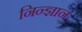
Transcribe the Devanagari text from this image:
निन्ज्ञान